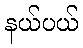
နယ်ပယ်